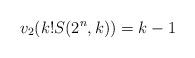
LaTeX: \begin{align*}v_2(k!S(2^n,k))=k-1\end{align*}